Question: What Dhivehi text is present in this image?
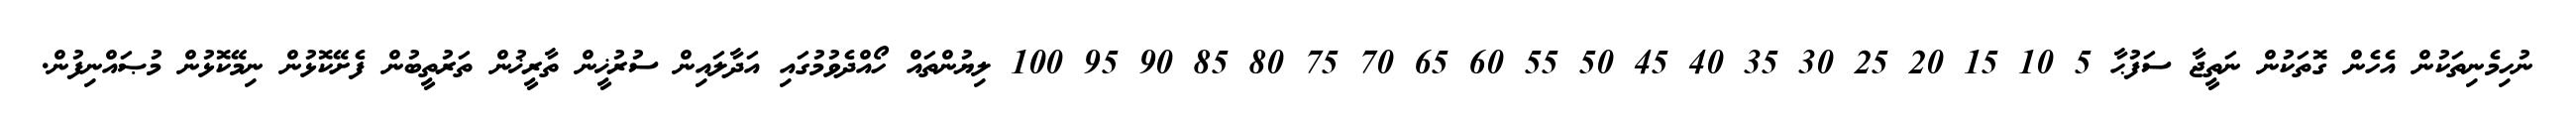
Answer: ނުހިމެނިތަކުން އެހެން ގޮތަކުން ނަތީޖާ ސަފުޙާ 5 10 15 20 25 30 35 40 45 50 55 60 65 70 75 80 85 90 95 100 ލިޔުންތައް ހޯއްދެވުމުގައި އަދާލައިން ސުރުޚީން ތާރީޚުން ތަރުތީބުން ފެށޭކޮޅުން ނިމޭކޮޅުން މުޞައްނިފުން.